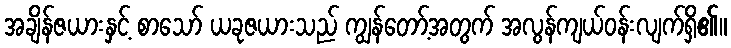
အချိန်ဇယားနှင့် စာသော် ယခုဇယားသည် ကျွန်တော့်အတွက် အလွန်ကျယ်ဝန်းလျက်ရှိ၏။